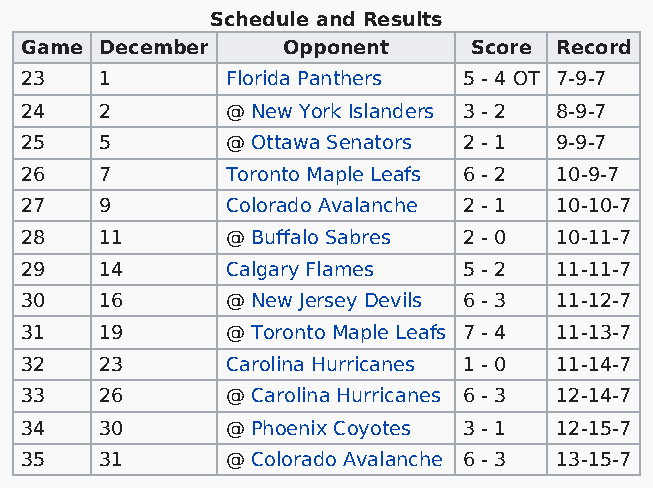
Schedule and Results
 Game  December    Opponent    Score Record
 23    1       Florida Panthers 5 - 4 OT 7-9-7
 24    2       @ New York Islanders 3 - 2 8-9-7
 25    5       @ Ottawa Senators 2 - 1 9-9-7
 26    7       Toronto Maple Leafs 6 - 2 10-9-7
 27    9       Colorado Avalanche 2 - 1 10-10-7
 28    11      @ Buffalo Sabres 2 - 0 10-11-7
 29    14      Calgary Flames  5 - 2 11-11-7
 30    16      @ New Jersey Devils 6 - 3 11-12-7
 31    19      @ Toronto Maple Leafs 7 - 4 11-13-7
 32    23      Carolina Hurricanes 1 - 0 11-14-7
 33    26      @ Carolina Hurricanes 6 - 3 12-14-7
 34    30      @ Phoenix Coyotes 3 - 1 12-15-7
 35    31      @ Colorado Avalanche 6 - 3 13-15-7